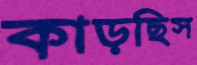
কাড়ছিস